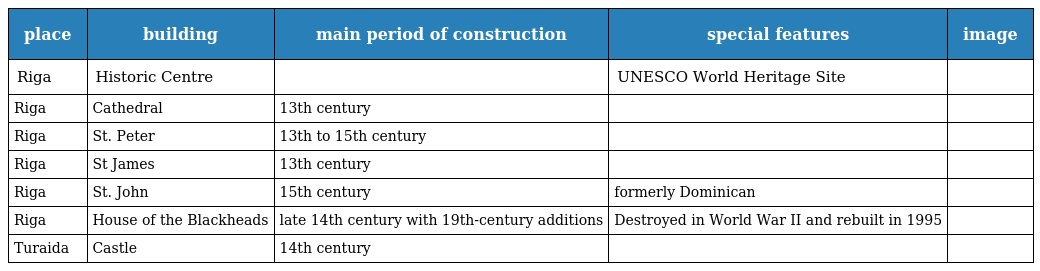
| place | building | main period of construction | special features | image |
 | --- | --- | --- | --- | --- |
 | Riga | Historic Centre |  | UNESCO World Heritage Site |  |
 | Riga | Cathedral | 13th century |  |  |
 | Riga | St. Peter | 13th to 15th century |  |  |
 | Riga | St James | 13th century |  |  |
 | Riga | St. John | 15th century | formerly Dominican |  |
 | Riga | House of the Blackheads | late 14th century with 19th-century additions | Destroyed in World War II and rebuilt in 1995 |  |
 | Turaida | Castle | 14th century |  |  |